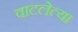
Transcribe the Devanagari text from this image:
वाटलेत्या